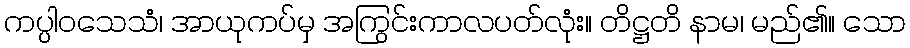
ကပ္ပါဝသေသံ၊ အာယုကပ်မှ အကြွင်းကာလပတ်လုံး။ တိဋ္ဌတိ နာမ၊ မည်၏။ သော